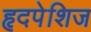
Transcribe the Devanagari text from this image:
हृदपेशिज